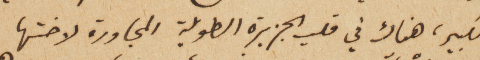
الكبير، هناك في قلب الجزيرة الطويلة المجاورة لاختها